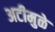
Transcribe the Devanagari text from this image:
अटीमुळे